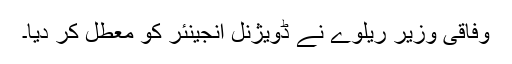
وفاقی وزیر ریلوے نے ڈویژنل انجینئر کو معطل کر دیا۔